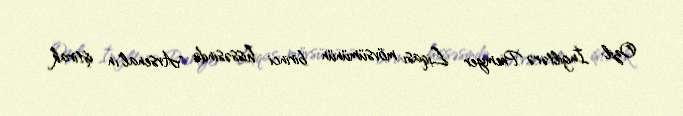
Ozil İngiltərə Premyer Liqası mövsümünün birinci hissəsində "Arsenal"ın iştirak